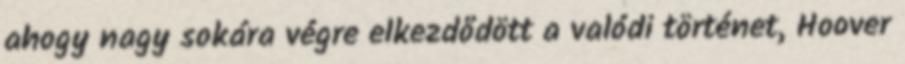
ahogy nagy sokára végre elkezdődött a valódi történet, Hoover